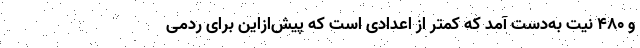
و ۴۸۰ نیت به‌دست آمد که کمتر از اعدادی است که پیش‌ازاین برای ردمی